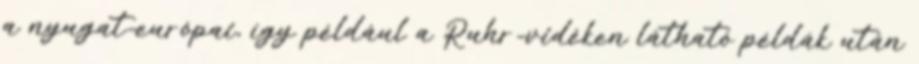
a nyugat-európai, így például a Ruhr-vidéken látható példák után